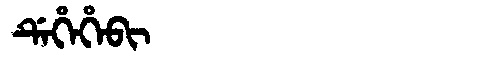
Manchu: ᡩᡝᡥᡝᡥᡝᠪᡳ
Romanization: DEHEHEBI